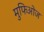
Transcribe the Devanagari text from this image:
मुफिओज